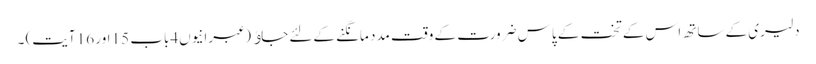
دلیری کے ساتھ اس کے تخت کے پاس ضرورت کے وقت مدد مانگنے کےلئے جاﺅ (عبرانیوں4باب 15 اور 16 آیت) ۔